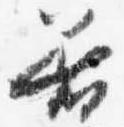
着